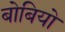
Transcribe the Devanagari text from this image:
बोबियो